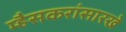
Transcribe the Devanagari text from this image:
म्हैसकरांसारखे